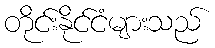
တိုင်းနိုင်ငံများသည်